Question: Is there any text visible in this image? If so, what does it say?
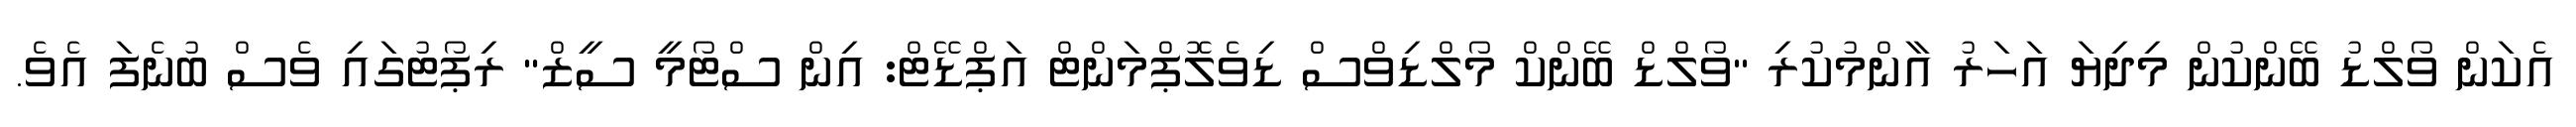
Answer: އެކަން ވޯލްޑު ބޭންކުން މިދިޔަ އަހަރު އާންމުކުރި "ވޯލްޑް ބޭންކް މޯލްޑިވްސް ޑިވެލޮޕްމަންޓް އަޕްޑޭޓް: އިން ސްޓޯމީ ސީޒް" ރިޕޯޓުގައި ވެސް ބުނެފަ އެވެ.